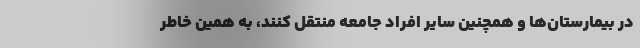
در بیمارستان‌ها و همچنین سایر افراد جامعه منتقل کنند، به همین خاطر